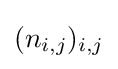
(n_{i,j})_{i,j}